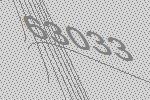
63033